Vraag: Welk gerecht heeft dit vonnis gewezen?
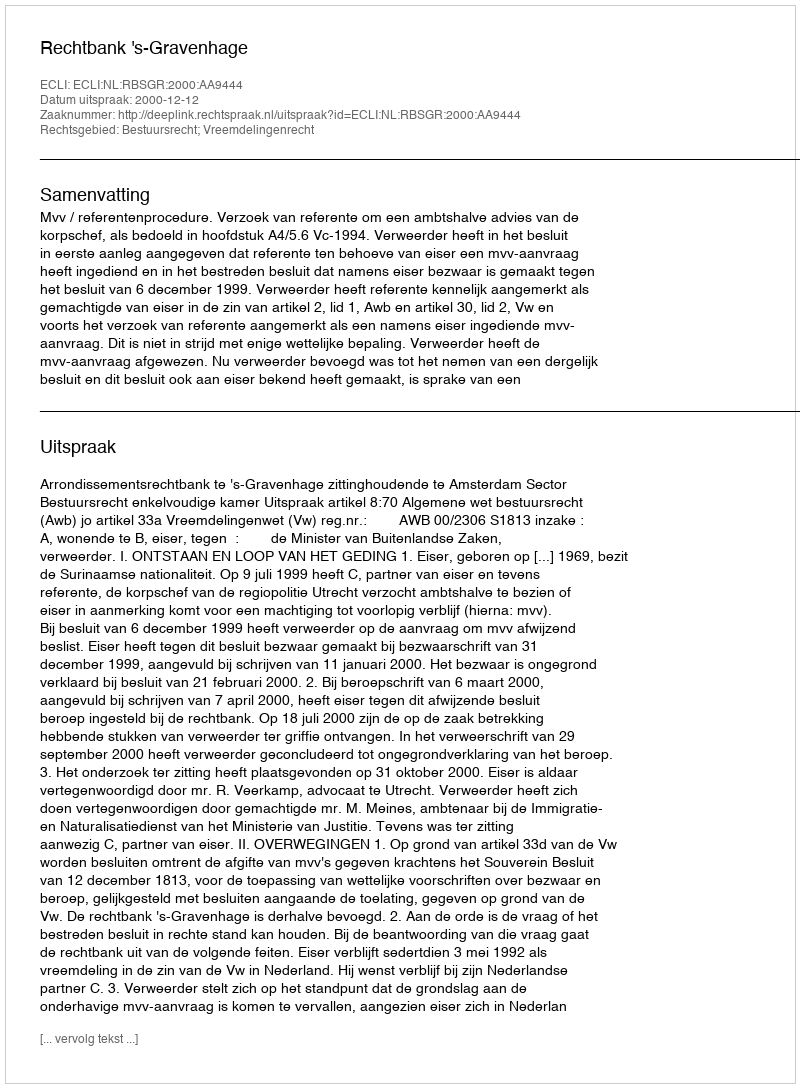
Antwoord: Rechtbank 's-Gravenhage